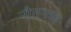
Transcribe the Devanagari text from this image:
नौतनगढ़